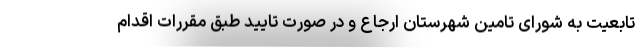
تابعیت به شورای تامین شهرستان ارجاع و در صورت تایید طبق مقررات اقدام